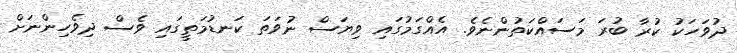
ދުވަހަކު ކުރާ ބުރަ މަސައްކަތުންނެވެ. އެއްގަމުގައި ވިޔަސް ނުވަތަ ކަނޑުމަތީގައި ވެސް ދިވެހިންނަށް